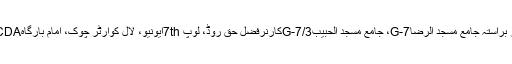
مرکزی جلوس کا آغاز صبح 10بجے گراؤنڈ G-7 مرکز نزد رحمت کمیونٹی سنٹر سے ہو گا اور براستہ جامع مسجد الرضاG-7، جامع مسجد الحبیبG-7/3کارنرفضل حق روڈ، لوپ 7thایونیو، لال کوارٹر چوک، امام بارگاہG-6/2، CDAہسپتال، ہالی ڈے ان آبپارہ مارکیٹ سے ہوتا ہوا دربار سخی محمود پر اختتام پذیر ہو گا۔